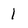
Character: 1